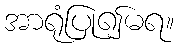
အာရုံပြု၍မရ။